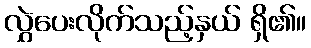
လွှဲပေးလိုက်သည့်နှယ် ရှိ၏။